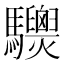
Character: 𩧙